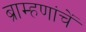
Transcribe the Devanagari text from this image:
ब्राम्हणांचें